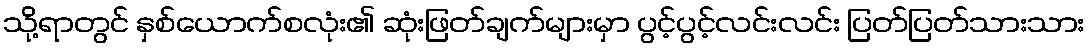
သို့ရာတွင် နှစ်ယောက်စလုံး၏ ဆုံးဖြတ်ချက်များမှာ ပွင့်ပွင့်လင်းလင်း ပြတ်ပြတ်သားသား